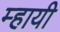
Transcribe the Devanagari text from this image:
म्हायी